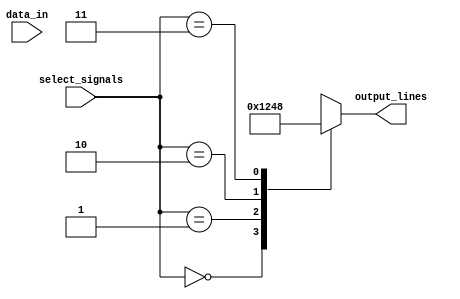
module demultiplexer (
    input wire data_in,
    input wire [1:0] select_signals,
    output reg [3:0] output_lines
);

always @ (data_in or select_signals)
begin
    case (select_signals)
        2'b00: output_lines = 4'b0001; // Activate output line 0
        2'b01: output_lines = 4'b0010; // Activate output line 1
        2'b10: output_lines = 4'b0100; // Activate output line 2
        2'b11: output_lines = 4'b1000; // Activate output line 3
    endcase
end

endmodule